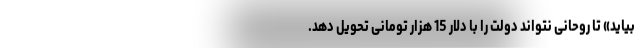
بیاید» تا روحانی نتواند دولت را با دلار 15 هزار تومانی تحویل دهد.